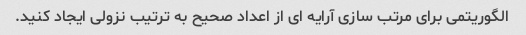
الگوریتمی برای مرتب سازی آرایه ای از اعداد صحیح به ترتیب نزولی ایجاد کنید.